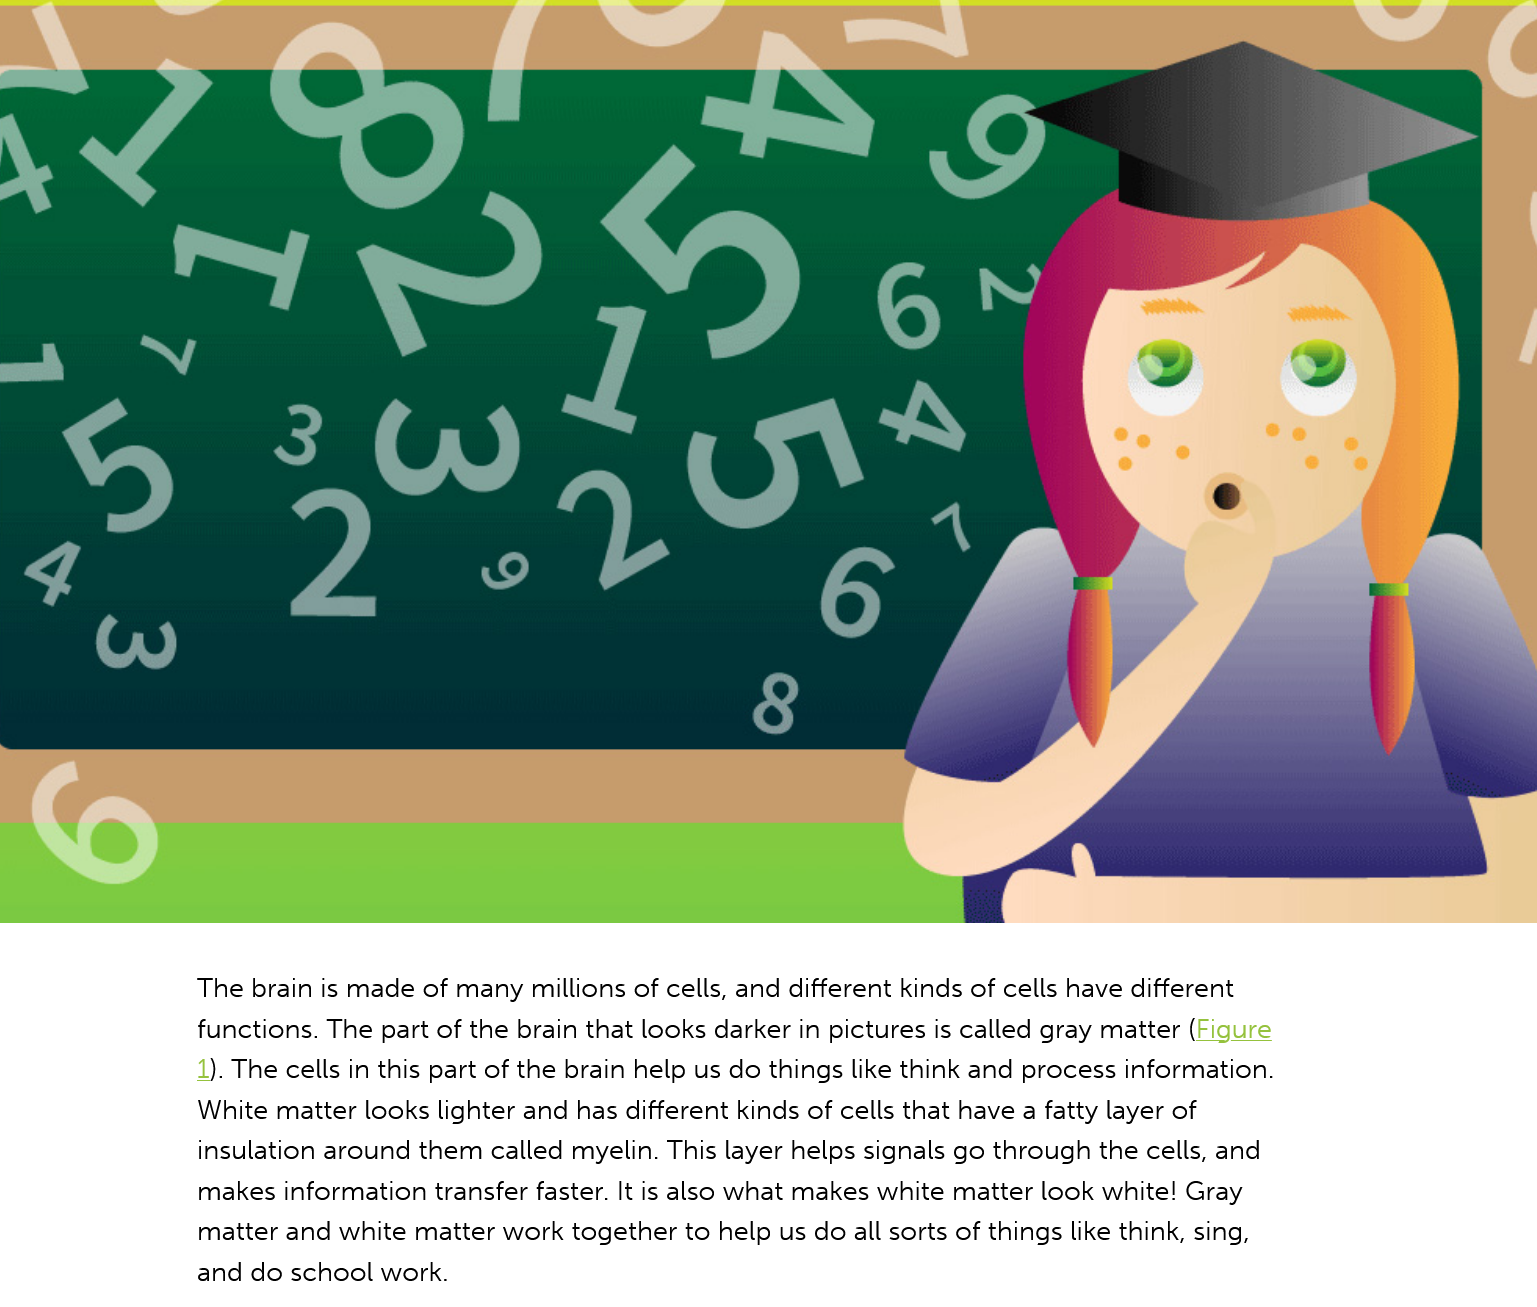
The brain is made of many millions of cells, and different kinds of cells have different
     functions. The part of the brain that looks darker in pictures is called gray matter (Figure
     1). The cells in this part of the brain help us do things like think and process information
     White matter looks lighter and has different kinds of cells that have a fatty layer of
     insulation around them called myelin. This layer helps signals go through the cells, and
     makes information transfer faster. It is also what makes white matter look white! Gray
     matter and white matter work together to help us do all sorts of things like think, sing,
     and do school work.